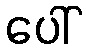
ပေါ်